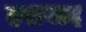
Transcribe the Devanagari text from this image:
हराबाद